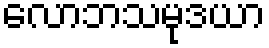
လောဘသမုဒယာ